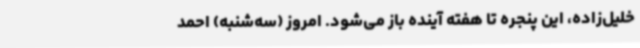
خلیل‌زاده، این پنجره تا هفته آینده باز می‌شود. امروز (سه‌شنبه) احمد